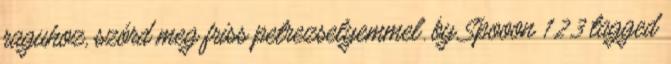
raguhoz, szórd meg friss petrezselyemmel. by Spooon 1.2.3 tagged